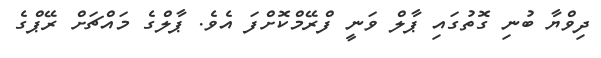
ދިވްޔާ ބުނި ގޮތުގައި ޕާލް ވަނީ ފްރޭމްކޮށްފަ އެވެ. ޕާލްގެ މައްޗަށް ރޭޕްގެ